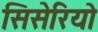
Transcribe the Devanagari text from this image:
सिसेरियो